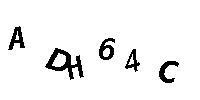
ADH64C